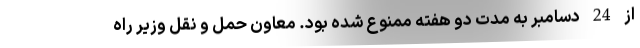
از 24 دسامبر به مدت دو هفته ممنوع شده بود. معاون حمل و نقل وزیر راه